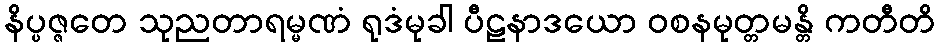
နိပ္ပဇ္ဇတေ သုညတာရမ္မဏံ ရုဒံမုခါ ပီဠနာဒယော ဝစနမုတ္တမန္တိ ကတီတိ